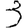
Digit: 3